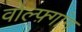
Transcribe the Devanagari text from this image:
वोल्फ़्गांग